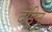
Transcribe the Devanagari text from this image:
दंडिन्